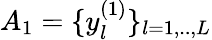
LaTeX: \textit{A}_{1}=\{ y_{l}^{(1)}\} _{l=1,..,L}